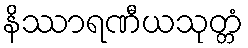
နိဿာရဏီယသုတ္တံ